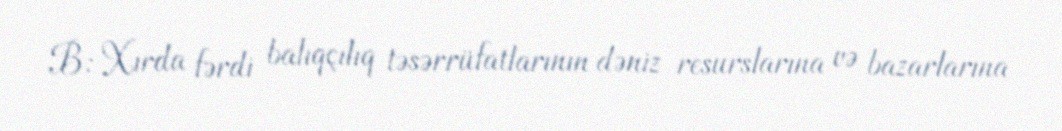
B: Xırda fərdi balıqçılıq təsərrüfatlarının dəniz resurslarına və bazarlarına